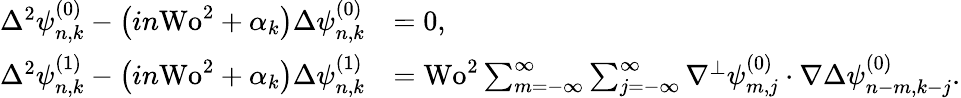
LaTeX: \begin{array}{rl}{\Delta^{2}\psi_{n,k}^{(0)}-\left(in\textrm{Wo}^{2}+\alpha_{k}\right)\Delta\psi_{n,k}^{(0)}}&{=0,}\\ {\Delta^{2}\psi_{n,k}^{(1)}-\left(in\textrm{Wo}^{2}+\alpha_{k}\right)\Delta\psi_{n,k}^{(1)}}&{=\textrm{Wo}^{2}\sum_{m=-\infty}^{\infty}\sum_{j=-\infty}^{\infty}\nabla^{\perp}\psi_{m,j}^{(0)}\cdot\nabla\Delta\psi_{n-m,k-j}^{(0)}.}\end{array}